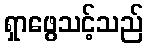
ရှာဖွေသင့်သည်